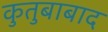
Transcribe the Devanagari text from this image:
कुतुबाबाद